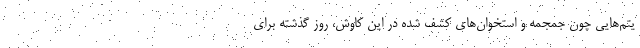
یتم‌هایی چون جمجمه‌ و استخوان‌های کشف شده در این کاوش، روز گذشته برای